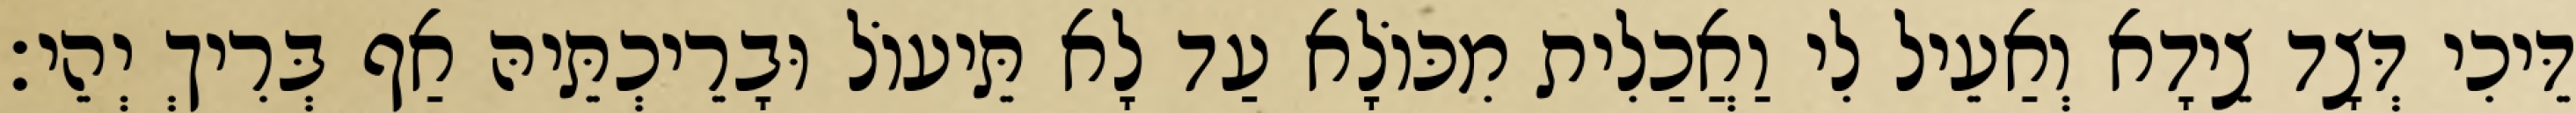
דֵּיכִי דְּצָד צֵידָא וְאַעֵיל לִי וַאֲכַלִית מִכּוֹלָא עַד לָא תֵּיעוֹל וּבָרֵיכְתֵּיהּ אַף בְּרִיךְ יְהֵי׃